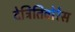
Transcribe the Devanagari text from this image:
देत्रितिवोरेस